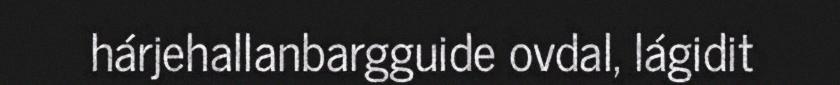
hárjehallanbargguide ovdal, lágidit